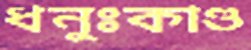
ধনুঃকাণ্ড